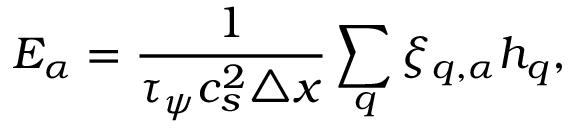
E _ { \alpha } = \frac { 1 } { \tau _ { \psi } c _ { s } ^ { 2 } \triangle x } \sum _ { q } \xi _ { q , \alpha } h _ { q } ,